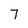
Character: 7